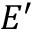
E ^ { \prime }